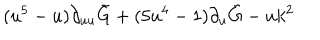
LaTeX: ( u ^ { 5 } - u ) \partial _ { u u } \tilde { G } + ( 5 u ^ { 4 } - 1 ) \partial _ { u } \tilde { G } - u k ^ { 2 }